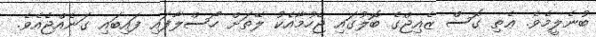
ބުނެލީމެވެ. ޢެތި ގޮސް ޒެއިޖްގެ ބޮލުގައި ޖެހުމާއެކު ލޭތަށް ހޯސްލާފައި ފައިބައި ގަނެއްޖެއެވެ.